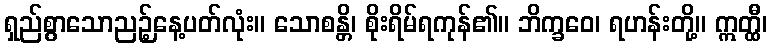
ရှည်စွာသောညဉ့်နေ့ပတ်လုံး။ သောစန္တိ၊ စိုးရိမ်ရကုန်၏။ ဘိက္ခဝေ၊ ရဟန်းတို့။ ဣတ္ထီ၊